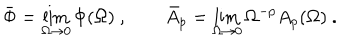
LaTeX: \bar { \Phi } = \lim _ { \Omega \to 0 } \Phi ( \Omega ) ~ , \qquad \bar { A } _ { p } = \lim _ { \Omega \to 0 } \Omega ^ { - p } A _ { p } ( \Omega ) ~ .